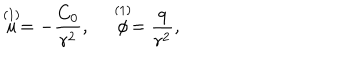
LaTeX: \stackrel { ( 1 ) } { u } = - { \frac { C _ { 0 } } { r ^ { 2 } } } , \stackrel { ( 1 ) } { \phi } = { \frac { q } { r ^ { 2 } } } ,